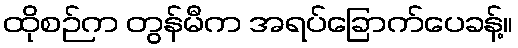
ထိုစဉ်က တွန်မီက အရပ်ခြောက်ပေခန့်။